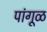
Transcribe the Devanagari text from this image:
पांगूळ